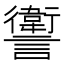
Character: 讆